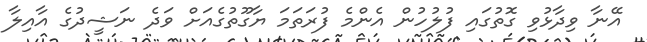
އޭނާ ވިދާޅުވި ގޮތުގައި ފުލުހުން އެންމެ ފުރަތަމަ ޔާގޫތުގެއަށް ވަދެ ނަޝީދުގެ އާއިލާ